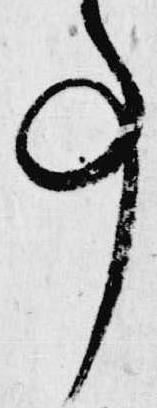
事